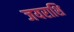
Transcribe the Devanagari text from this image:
जयराशि